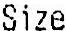
SIZE